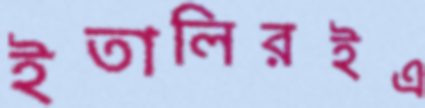
ইতালিরইএ